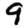
Digit: 9